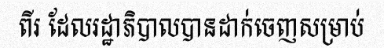
ពីរ ដែលរដ្ឋាភិបាលបានដាក់ចេញសម្រាប់